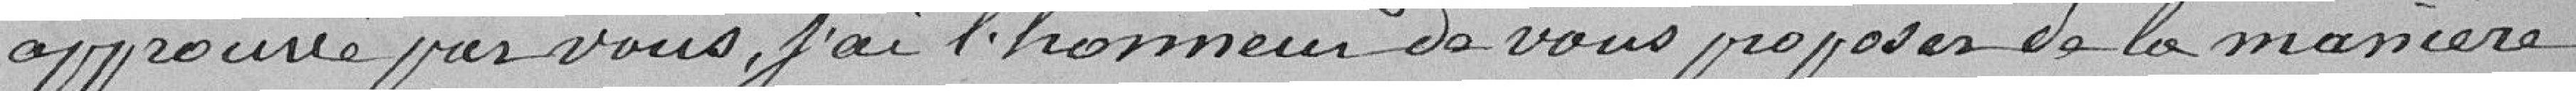
approuvé par vous, j'ai l'honneur de vous proposer de la manière